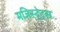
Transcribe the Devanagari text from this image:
मजिस्ट्रेट्स